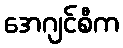
အေဂျင်စီက